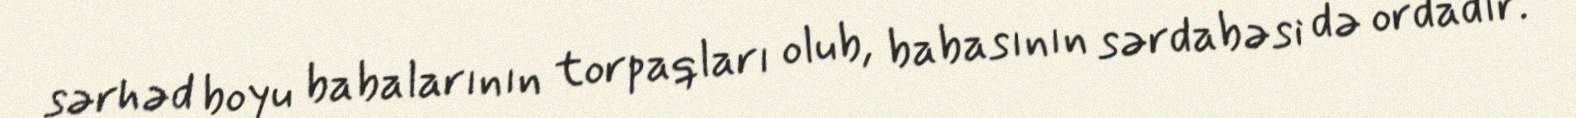
sərhəd boyu babalarının torpaqları olub, babasının sərdabəsi də ordadır.